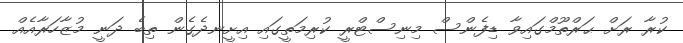
ކުރާ ރަށް ޙަރްތޫމްގައިވާ ޑިފެންސް މިނިސްޓްރީ ކުރިމަތީގައި އިށީނދެގެން ތިބެ ދަނީ މުޒާހަރާއެއް